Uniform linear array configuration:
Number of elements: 12
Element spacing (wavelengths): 1
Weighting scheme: uniform
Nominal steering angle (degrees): -60
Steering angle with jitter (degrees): -59.859
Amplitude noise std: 0.05
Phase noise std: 0.05

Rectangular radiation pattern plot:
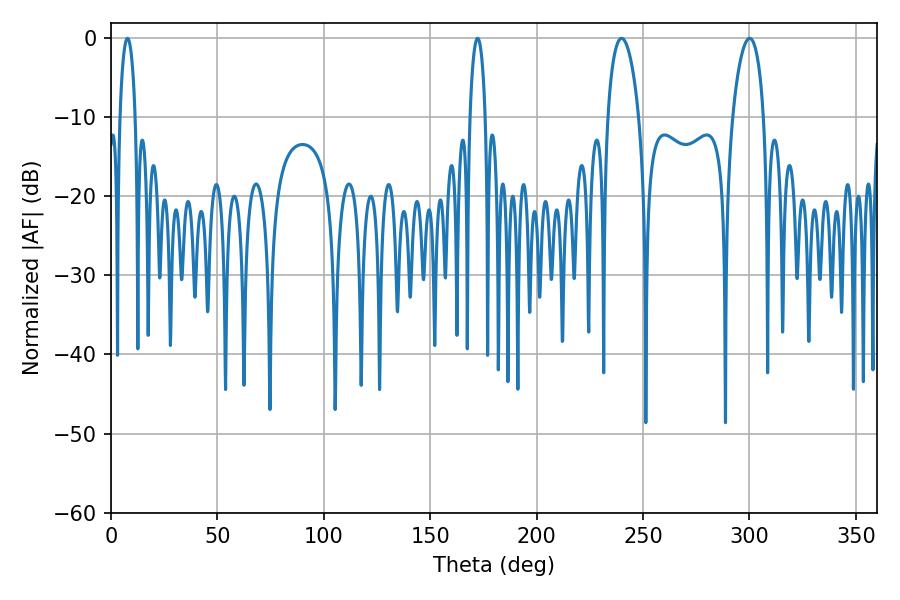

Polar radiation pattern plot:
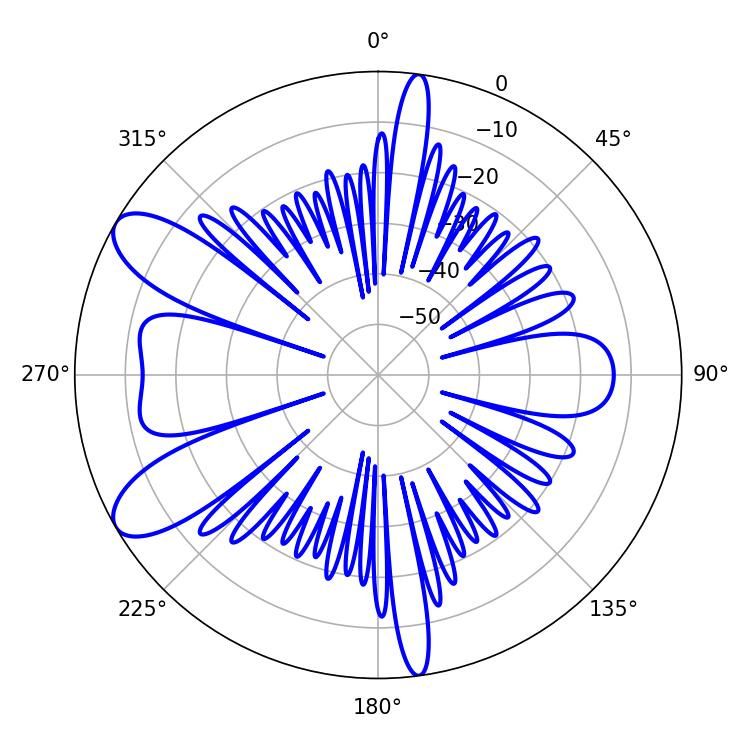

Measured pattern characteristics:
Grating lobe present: TRUE
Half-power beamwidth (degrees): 3.96
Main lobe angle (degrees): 7.74